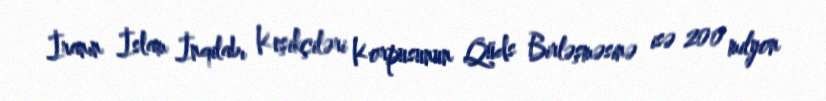
İranın İslam İnqilabı Keşikçiləri Korpusunun Qüds Birləşməsinə isə 200 milyon